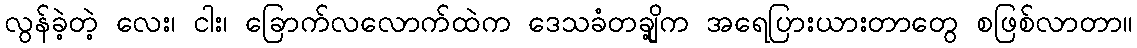
လွန်ခဲ့တဲ့ လေး၊ ငါး၊ ခြောက်လလောက်ထဲက ဒေသခံတချို့က အရေပြားယားတာတွေ စဖြစ်လာတာ။